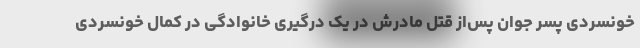
خونسردی پسر جوان پس‌از قتل مادرش در یک درگیری خانوادگی در کمال خونسردی